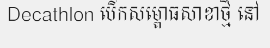
Decathlon បើកសម្ពោធសាខាថ្មី នៅ